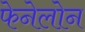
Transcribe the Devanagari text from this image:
फेनेलोन